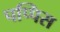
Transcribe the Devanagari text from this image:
पप्पिस